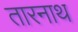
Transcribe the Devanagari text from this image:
तारनाथ